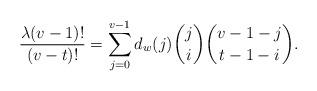
LaTeX: \begin{align*}\frac{\lambda (v-1)!}{(v - t)!} = \sum_{j = 0}^{v-1} d_{w}(j) \binom{j}{i}\binom{v-1 - j}{t-1 - i}.\end{align*}